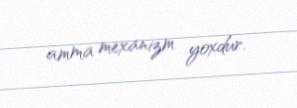
amma mexanizm yoxdur.